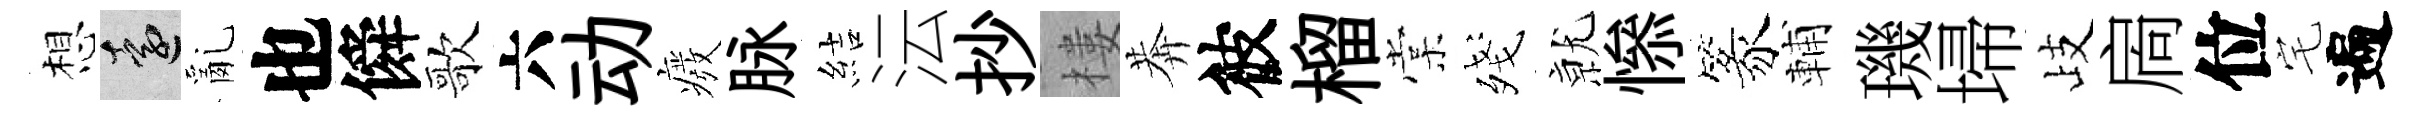
想遠亂也僢歌六动癈脉結沄抄樓莾彼榴棠殘𭕒𢡖篆輔璣埽歧扄位宅遍